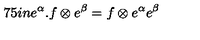
\hspace { . 7 5 i n } e ^ { \alpha } . f \otimes e ^ { \beta } = f \otimes e ^ { \alpha } e ^ { \beta }